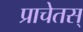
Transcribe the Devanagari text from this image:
प्राचेतस्